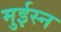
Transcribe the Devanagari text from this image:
मुईस्न